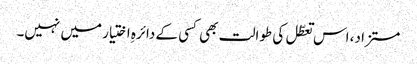
مستزاد، اس تعطّل کی طوالت بھی کسی کے دائرہِ اختیار میں نہیں۔